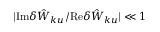
| \mathrm { I m } \delta { \hat { W } } _ { k u } / \mathrm { R e } \delta { \hat { W } } _ { k u } | \ll 1